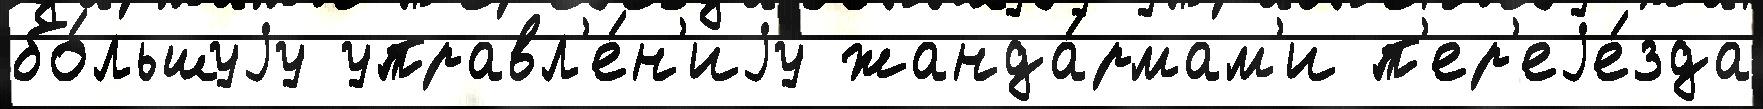
бо́льшуjу управл'е́н'иjу жанда́рмам'и п'ер'еjе́зда